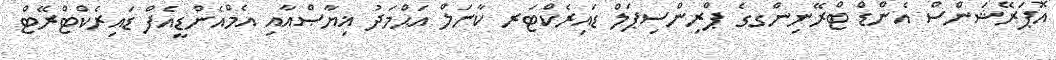
އޮޕަރޭޝަންސް އެންޑް ޓްރޭނިންގގެ ޕްރިންސިޕަލް ޑައިރެކްޓަރ ކާނަލް އަޙްމަދު ޣިޔާޞްއާއި އެމްއެންޑީއެފް ޑައިރެކްޓްރޭޓް